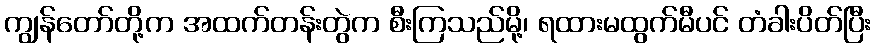
ကျွန်တော်တို့က အထက်တန်းတွဲက စီးကြသည်မို့၊ ရထားမထွက်မီပင် တံခါးပိတ်ပြီး